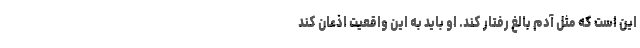
این است که مثل آدم بالغ رفتار کند. او باید به این واقعیت اذعان کند